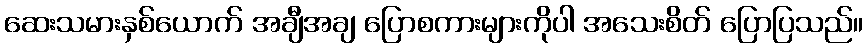
ဆေးသမားနှစ်ယောက် အချီအချ ပြောစကားများကိုပါ အသေးစိတ် ပြောပြသည်။